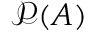
{ \mathcal { P } } ( A )